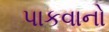
પાકવાનો